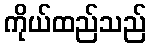
ကိုယ်ထည်သည်